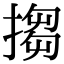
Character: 搊